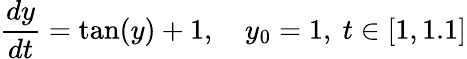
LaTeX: {\frac{dy}{dt}}=\tan(y)+1,\quad y_{0}=1,\ t\in[1,1.1]